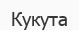
Кукута